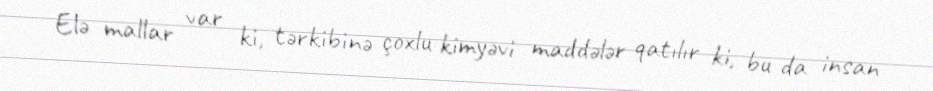
Elə mallar var ki, tərkibinə çoxlu kimyəvi maddələr qatılır ki, bu da insan